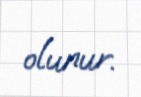
olunur.